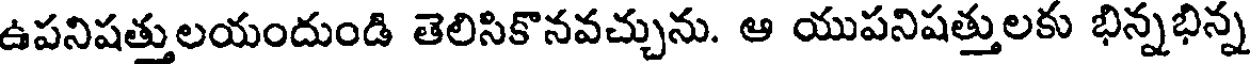
ఉపనిషత్తులయందుండి తెలిసికొనవచ్చును. ఆ యుపనిషత్తులకు భిన్నభిన్న